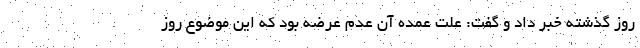
روز گذشته خبر داد و گفت: علت عمده آن عدم عرضه بود که این موضوع روز